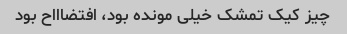
چیز کیک تمشک خیلی مونده بود، افتضاااح بود